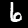
Digit: 6